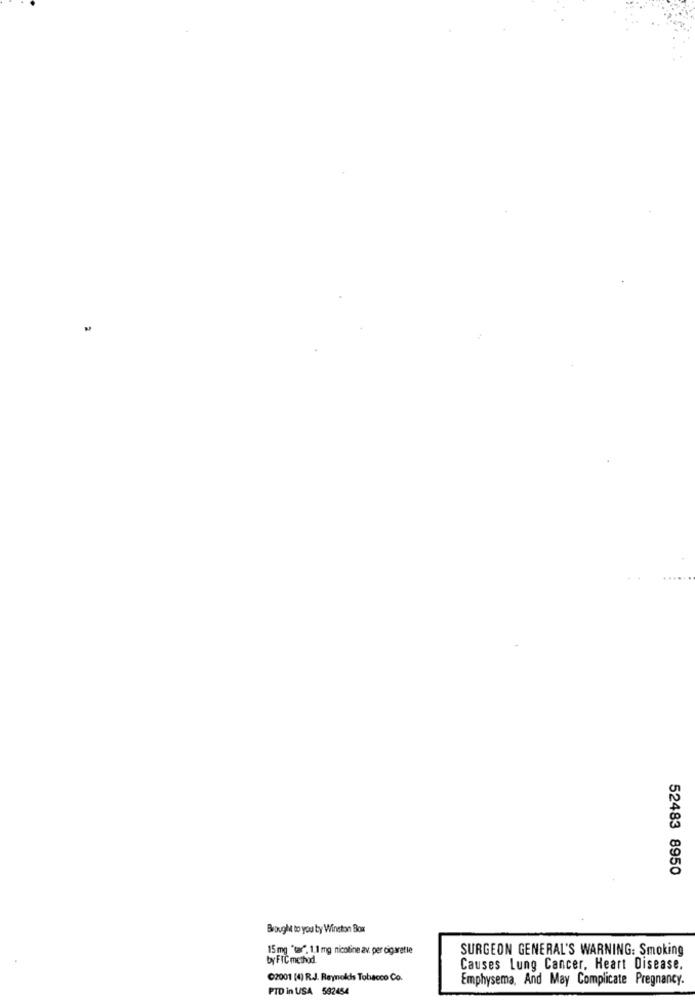
52483 8950
Brought to you by Winston Box
15 mg "tar", 1.1 mg nicotine av. per cigaretle
SURGEON GENERAL'S WARNING: Smoking
by FIC method
Causes Lung Cancer, Heart Disease.
02001 (4) R.J. Reynolds Tobacco Co.
Emphysema, And May Complicate Pregnancy.
PID in USA 592454